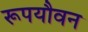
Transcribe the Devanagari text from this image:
रूपयौवन